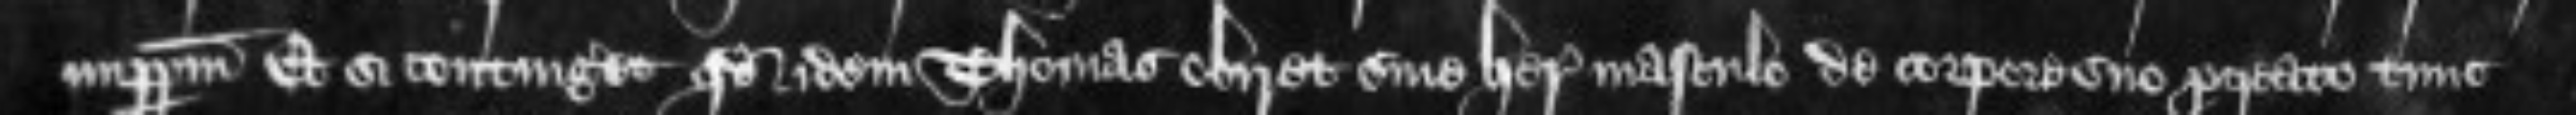
imperpetuum Et si contingeret quod idem Thomas obiret sine herede masculo de corpore suo procreato tunc